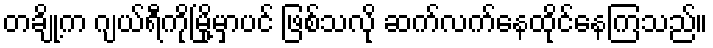
တချို့က ဂျယ်ရီကိုမြို့မှာပင် ဖြစ်သလို ဆက်လက်နေထိုင်နေကြသည်။